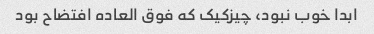
ابدا خوب نبود، چیزکیک که فوق العاده افتضاح بود